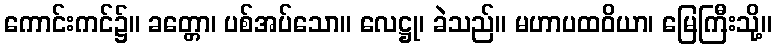
ကောင်းကင်၌။ ခတ္တော၊ ပစ်အပ်သော။ လေဋ္ဌု၊ ခဲသည်။ မဟာပထဝိယာ၊ မြေကြီးသို့။